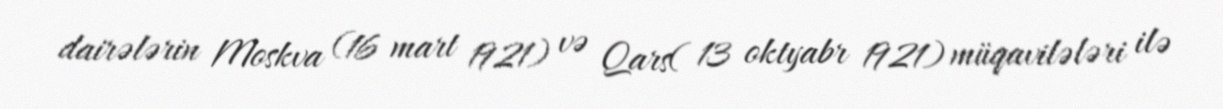
dairələrin Moskva (16 mart 1921) və Qars( 13 oktyabr 1921) müqavilələri ilə